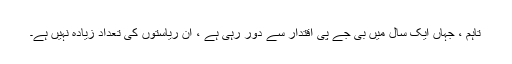
تاہم ، جہاں ایک سال میں بی جے پی اقتدار سے دور رہی ہے ، ان ریاستوں کی تعداد زیادہ نہیں ہے۔